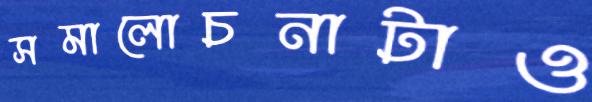
সমালোচনাটাও